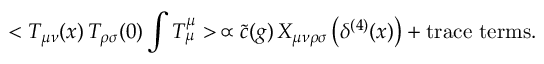
< T _ { \mu \nu } ( x ) \, T _ { \rho \sigma } ( 0 ) \int T _ { \mu } ^ { \mu } > \, \propto \tilde { c } ( g ) \, X _ { \mu \nu \rho \sigma } \left( \delta ^ { ( 4 ) } ( x ) \right) + \mathrm { t r a c e \, \, t e r m s . }